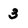
Character: 3